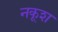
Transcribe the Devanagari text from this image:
नकूश